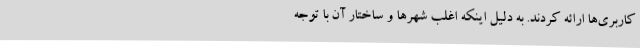
کاربری‌ها ارائه کردند. به دلیل اینکه اغلب شهرها و ساختار آن با توجه